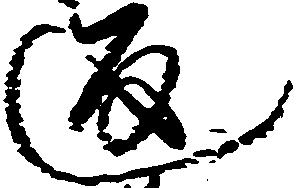
返